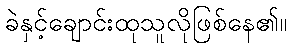
ခဲနှင့်ချောင်းထုသူလိုဖြစ်နေ၏။